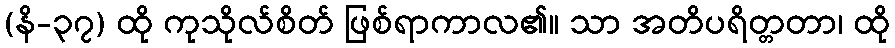
(နိ-၃၇) ထို ကုသိုလ်စိတ် ဖြစ်ရာကာလ၏။ သာ အတိပရိတ္တတာ၊ ထို